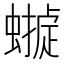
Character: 𧑺